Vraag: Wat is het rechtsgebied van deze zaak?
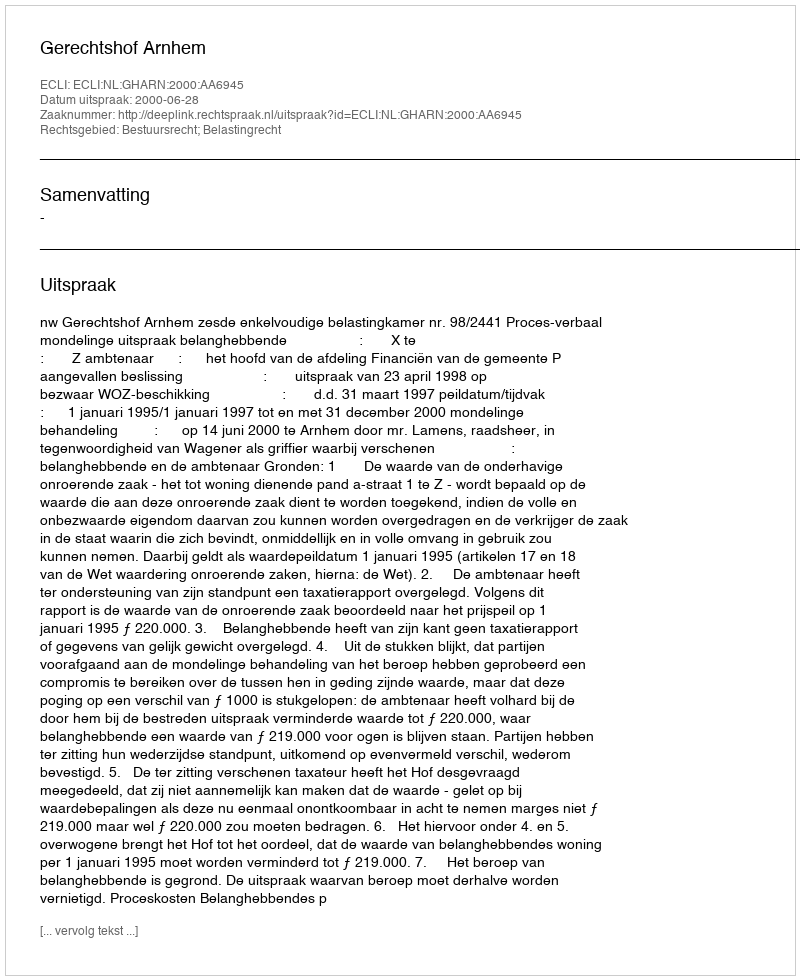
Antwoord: Bestuursrecht; Belastingrecht